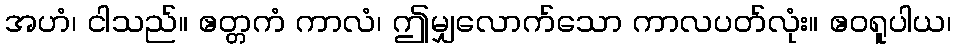
အဟံ၊ ငါသည်။ ဧတ္တကံ ကာလံ၊ ဤမျှလောက်သော ကာလပတ်လုံး။ ဧဝရူပါယ၊